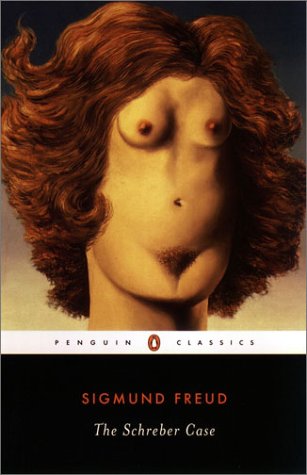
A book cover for The Schreber Case (Penguin Classics); Sigmund Freud; Medical Books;